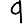
Digit: 9